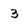
Character: 3